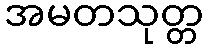
အမတသုတ္တ